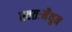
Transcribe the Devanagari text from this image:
स्वतःमैथुन